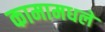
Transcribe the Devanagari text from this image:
कामामधले